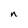
Character: n